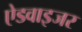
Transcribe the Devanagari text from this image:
ऐडवाइजर